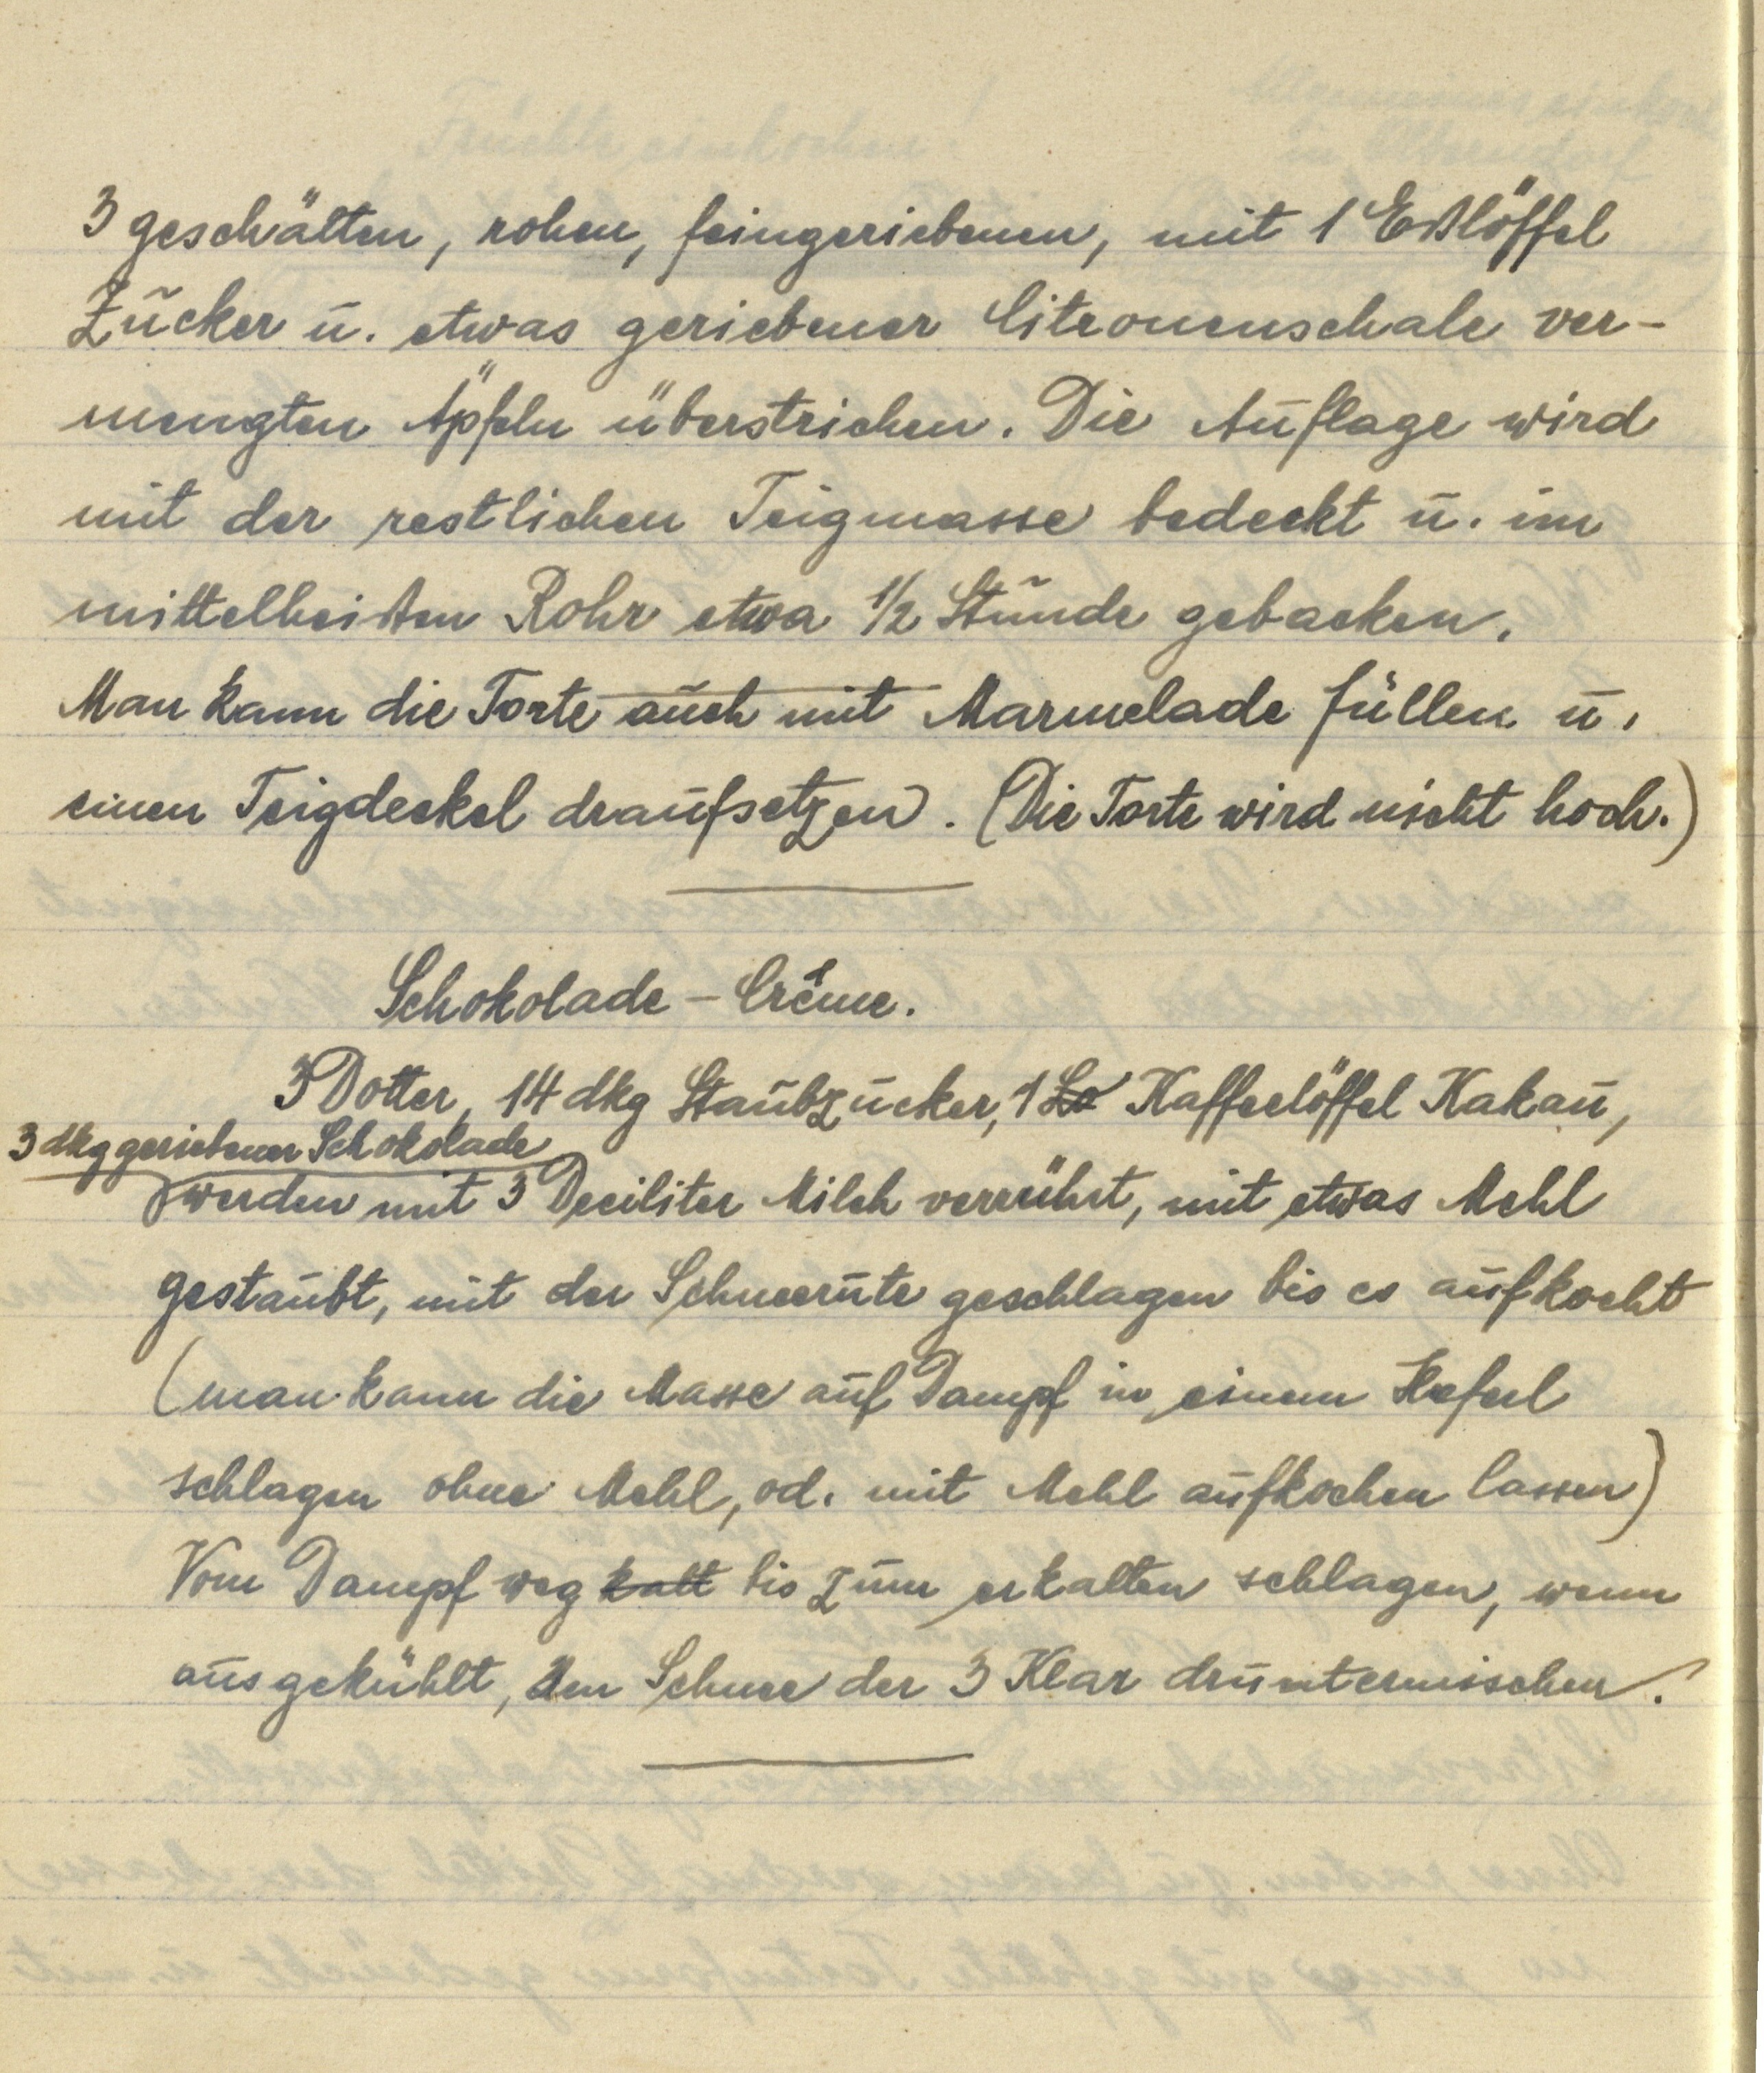
3 geschälten, rohen, feingeriebenen, mit 1 Eßlöffel
Zucker u. etwas geriebener Citronenschale ver¬
mengten Äpfeln überstrichen. Die Auflage wird
mit der restlichen Teigmasse bedeckt u. im
mittelheißen Rohr etwa ½ Stunde gebacken.
Man kann die Torte auch mit Marmelade füllen u.
einen Teigdeckel draufsetzen. (Die Torte wird nicht hoch.)

Schokolade — Crême.
3 Dotter, 14 dkg Staubzucker, 1 Lo Kaffeelöffel Kakau,
3 dkg geriebener Schokolade werden mit 3 Deciliter Milch verrührt, mit etwas Mehl
gestaubt, mit der Schneerute geschlagen bis es aufkocht
(man kann die Masse auf Dampf in einem Heferl
schlagen ohne Mehl, od. mit Mehl aufkochen lassen)
Vom Dampf weg kalt bis zum erkalten schlagen, wenn
ausgekühlt, den Schnee der 3 Klar druntermischen.